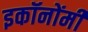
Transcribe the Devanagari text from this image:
इकॉनोंमी